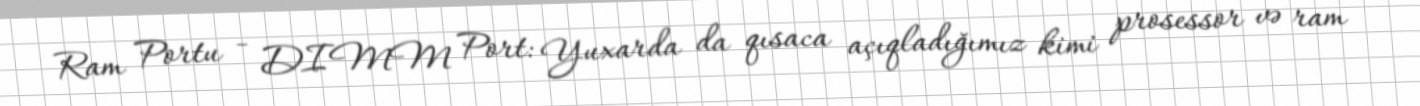
Ram Portu - DIMM Port: Yuxarda da qısaca açıqladığımız kimi prosessor və ram